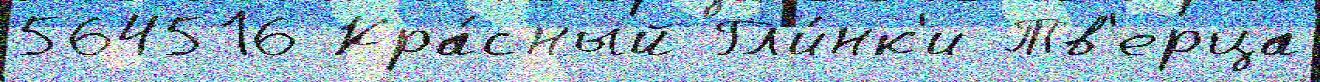
564516 Кра́сный Гл'и́нк'и Тв'ерца